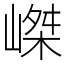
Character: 嵥